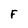
Character: F